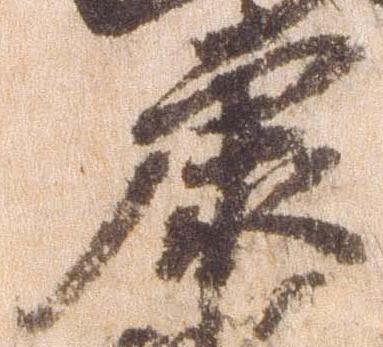
康